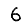
Digit: 6